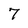
Character: 7